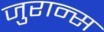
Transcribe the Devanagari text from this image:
जुरान्स